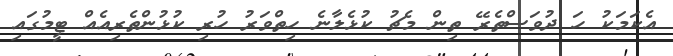
އެކަމަކު ހަ ދުވަސްތެރޭ ތިން މެޗު ކުޅެލާނެ ހިތްވަރު ހުރި ކުޅުންތެރިއެއް ޓީމުގައި